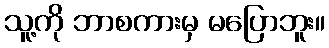
သူ့ကို ဘာစကားမှ မပြောဘူး။